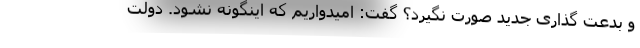
و بدعت گذاری جدید صورت نگیرد؟ گفت: امیدواریم که اینگونه نشود. دولت